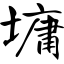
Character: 墉